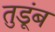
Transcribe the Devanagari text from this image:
तुडूंब